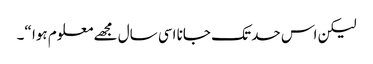
لیکن اس حد تک جانا اسی سال مجھے معلوم ہوا “۔